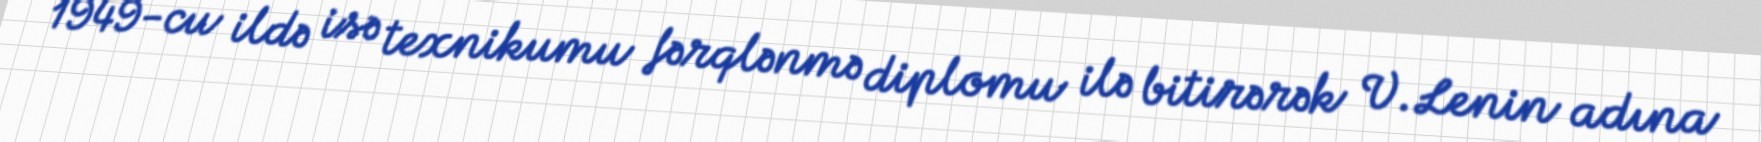
1949-cu ildə isə texnikumu fərqlənmə diplomu ilə bitirərək V.Lenin adına